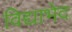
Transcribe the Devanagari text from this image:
विद्याभेद